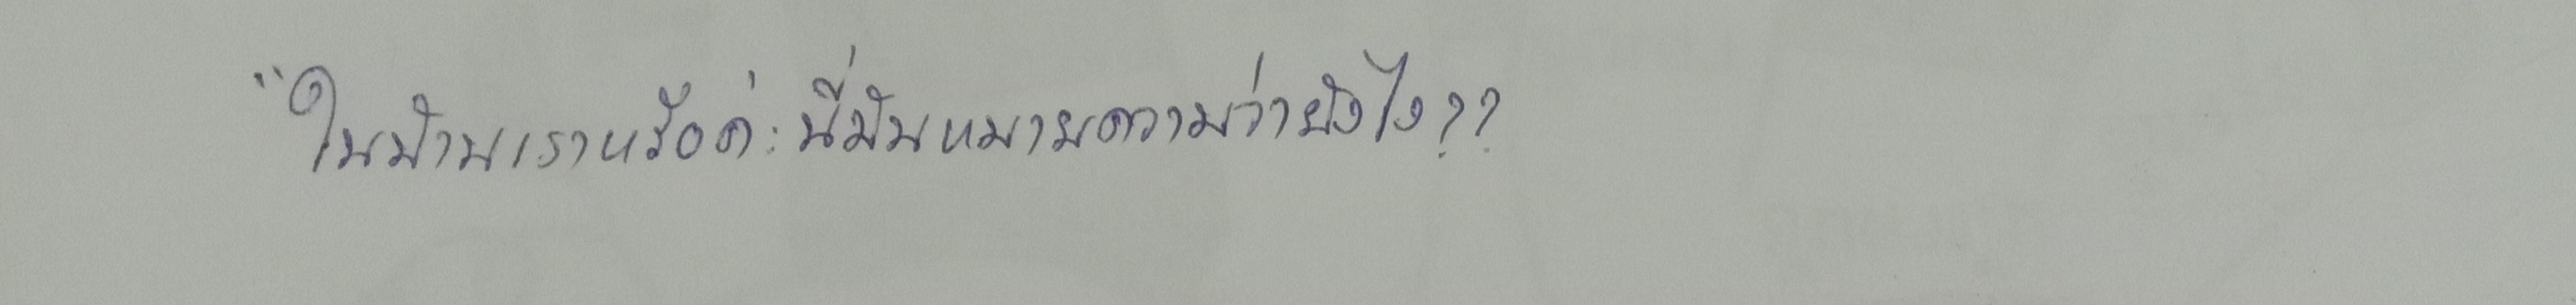
"ในบ้านเราหรือคะนี่มันหมายความว่ายังไง??